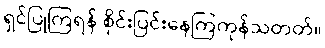
ရှင်ပြုကြရန် စိုင်းပြင်းနေကြကုန်သတတ်။